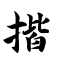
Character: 揩